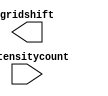
`timescale 1ns / 1ps
//////////////////////////////////////////////////////////////////////////////////
// Company: 
// Engineer: 
// 
// Design Name: 
// Module Name: grid_shift
// Project Name: 
// Target Devices: 
// Tool Versions: 
// Description: 
// 
// Dependencies: 
// 
// Revision:
// Revision 0.01 - File Created
// Additional Comments:
// 
//////////////////////////////////////////////////////////////////////////////////


module grid_shift(
    input [3:0] intensitycount,
    output [10:0] gridshift
    );
endmodule